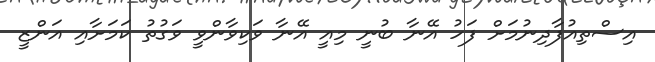
އިސްތިއުފާދިނުމަށް ފަހު އޭނާ ބުނީ މިއީ އޭނާ ވަކިވާންވީ ވަގުތު ކަމަށާއި އަންޒީ